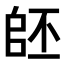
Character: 𠃂